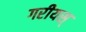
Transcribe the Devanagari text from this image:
गरीयस्‌